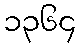
၁၃၆၄